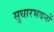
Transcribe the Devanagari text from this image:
सुधारभवनों